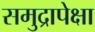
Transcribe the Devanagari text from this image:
समुद्रापेक्षा